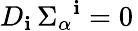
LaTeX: D_{\mathbf{i}}\, \Sigma_{\alpha}{}^{\mathbf{i}}=0\,